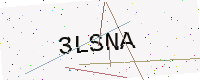
Text: 3LSNA